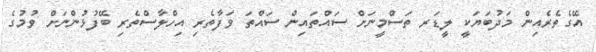
އޭގެތެރެއިން މަދުބަޔަކީ ލީޑަރ ތަސްމީނަށް ސައްތައިން ސައްތަ ވަފާތެރި އިހްލާސްތެރި ބޭފުޅުންނަށް ވުމުގެ